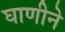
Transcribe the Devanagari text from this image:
घाणीने